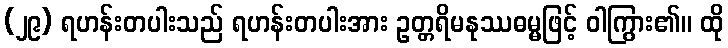
(၂၉) ရဟန်းတပါးသည် ရဟန်းတပါးအား ဥတ္တရိမနုဿဓမ္မဖြင့် ဝါကြွား၏။ ထို